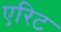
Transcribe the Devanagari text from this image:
एरिट